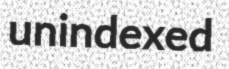
unindexed